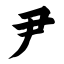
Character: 尹